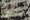
سليبي